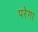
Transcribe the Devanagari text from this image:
परेगा